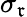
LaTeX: \sigma_{\mathfrak{r}}